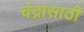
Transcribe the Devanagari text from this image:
चंद्रासाठी